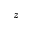
\emph { z }